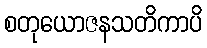
စတုယောဇနသတိကာပိ